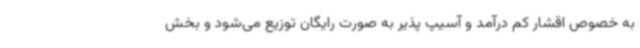
به خصوص اقشار کم درآمد و آسیپ پذیر به صورت رایگان توزیع می‌شود و بخش